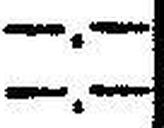
—.—